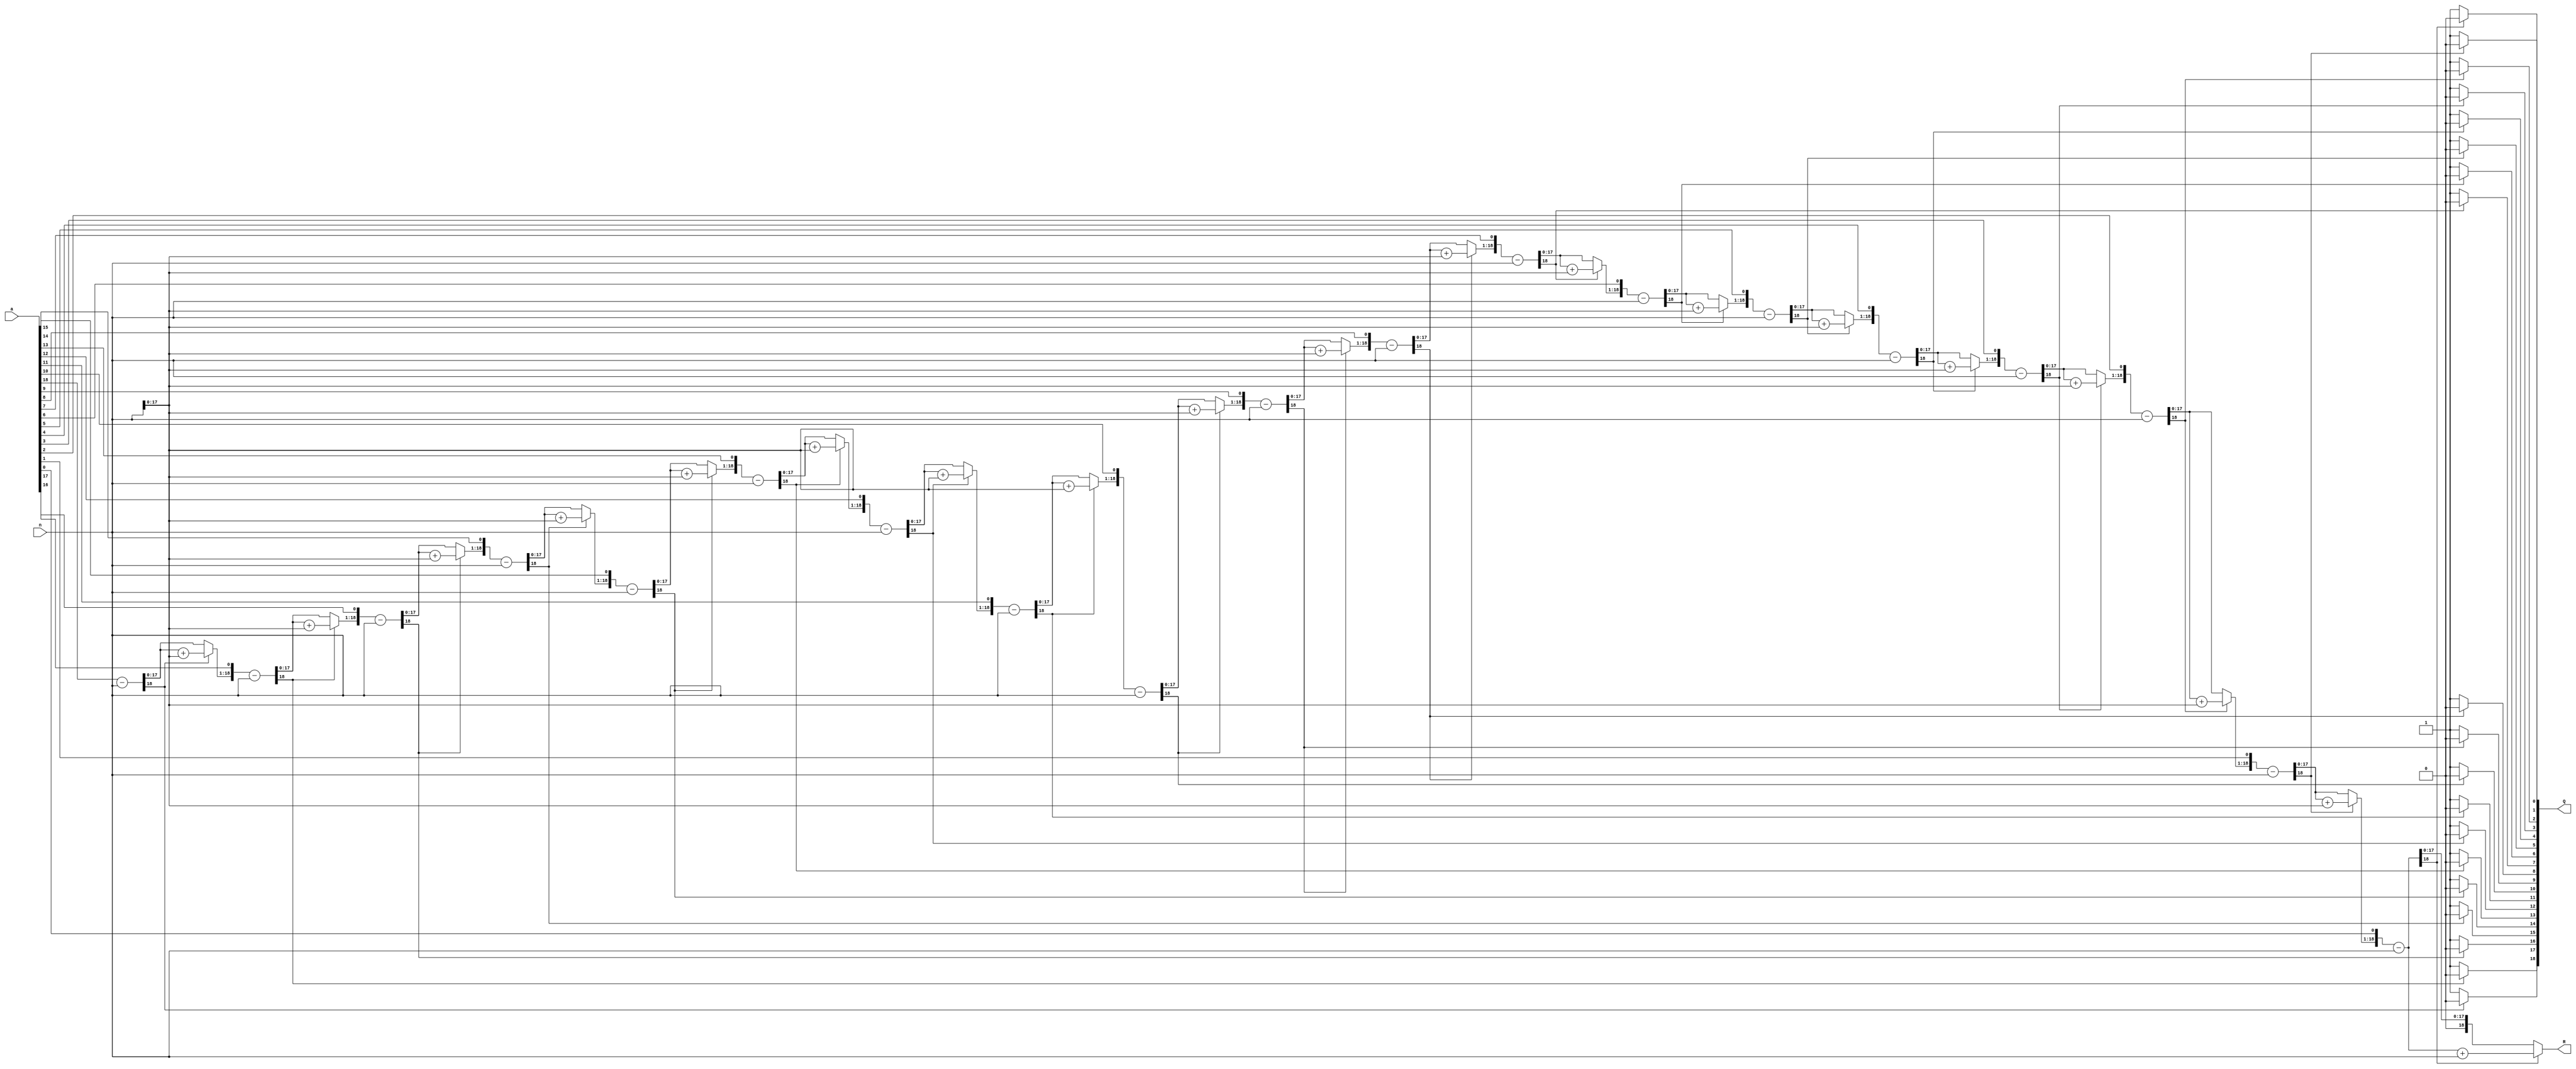
module mod(
    input [WIDTH-1:0] a,
    input [WIDTH-1:0] n,
    output [WIDTH-1:0] R,
    output [WIDTH-1:0] Q
    );
   parameter WIDTH = 19;
   reg [WIDTH-1:0] A,N;
   reg [WIDTH:0] p;   
   integer i;
  
   always@ (a or n) begin
       A = a;
       N = n;
       p = 0;
       for(i=0;i < WIDTH;i=i+1) begin 
           p = {p[WIDTH-2:0],A[WIDTH-1]};
           A[WIDTH-1:1] = A[WIDTH-2:0];
           p = p-N;
           if(p[WIDTH-1] == 1)begin
                A[0] = 1'b0;
                p = p + N;   
           end
           else
                A[0] =1'b1;
      end
         
   end    
   
   assign R = p,Q = A;
endmodule